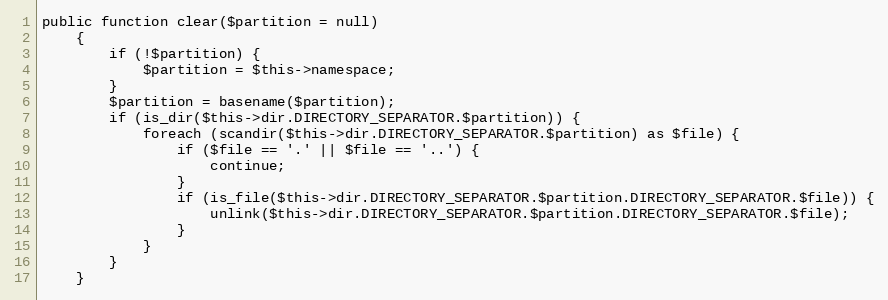
Language: PHP
public function clear($partition = null)
    {
        if (!$partition) {
            $partition = $this->namespace;
        }
        $partition = basename($partition);
        if (is_dir($this->dir.DIRECTORY_SEPARATOR.$partition)) {
            foreach (scandir($this->dir.DIRECTORY_SEPARATOR.$partition) as $file) {
                if ($file == '.' || $file == '..') {
                    continue;
                }
                if (is_file($this->dir.DIRECTORY_SEPARATOR.$partition.DIRECTORY_SEPARATOR.$file)) {
                    unlink($this->dir.DIRECTORY_SEPARATOR.$partition.DIRECTORY_SEPARATOR.$file);
                }
            }
        }
    }